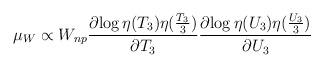
LaTeX: \begin{align*}\mu_{W}\propto W_{np} \frac{\partial{\log \eta(T_3)\eta(\frac{T_3}{3})}}{\partial{T_3}}\frac{\partial{\log \eta(U_3)\eta(\frac{U_3}{3})}}{\partial{U_3}}\end{align*}